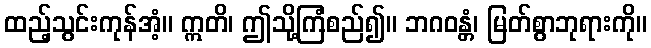
ထည့်သွင်းကုန်အံ့။ ဣတိ၊ ဤသို့ကြံစည်၍။ ဘဂဝန္တံ၊ မြတ်စွာဘုရားကို။